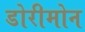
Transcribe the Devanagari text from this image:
डोरीमोन